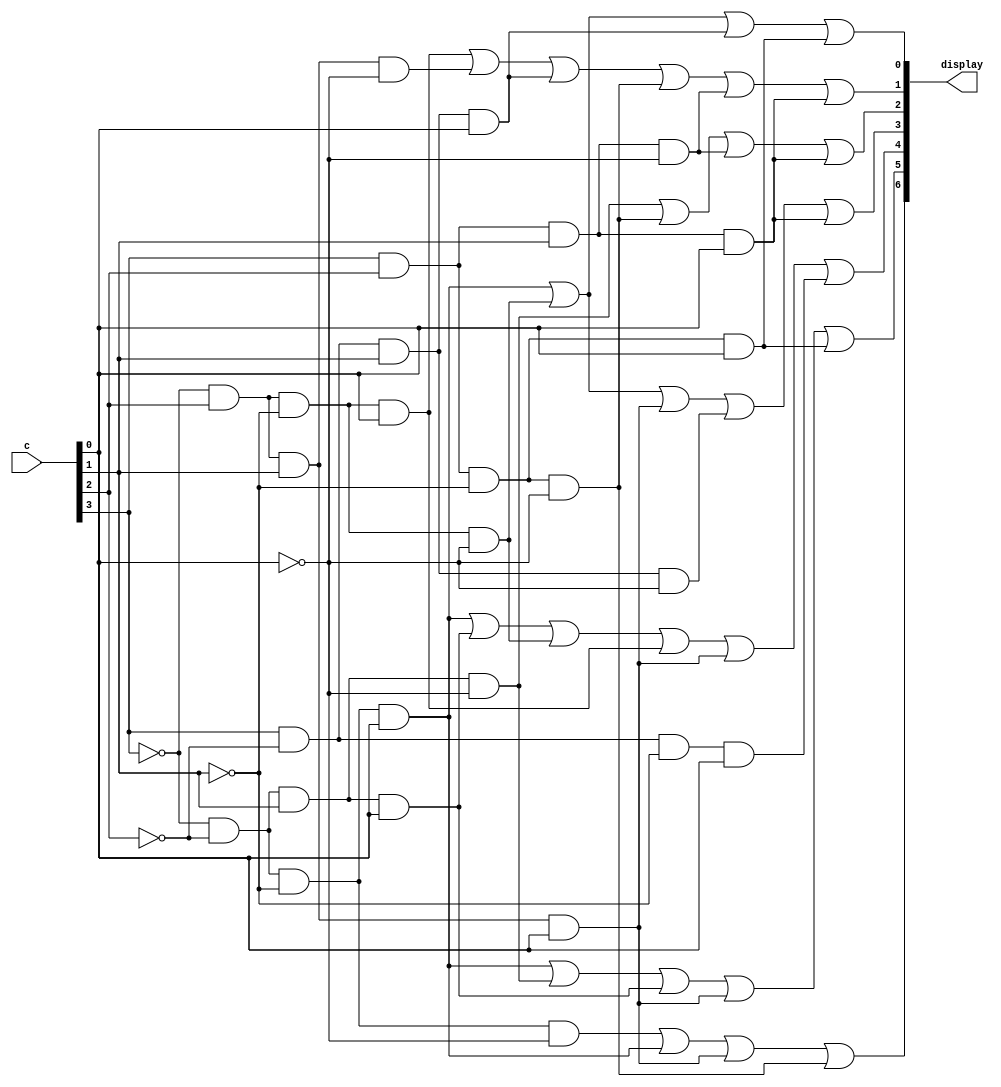
`timescale 1ns/1ns

module hex_decoder(c, display); 
// c is input
	input [3:0] c;
	output [6:0] display;
// c[0] is a
// c[1] is b
// c[2] is c
// c[3] is d
// map c to sw0-1sw1
// display to hex
	wire [15:0]w;
	
	assign w[0] = ~c[3] & ~c[2] & ~c[1] & ~c[0];
	assign w[1] = ~c[3] & ~c[2] & ~c[1] & c[0];
	assign w[2] = ~c[3] & ~c[2] & c[1] & ~c[0];
	assign w[3] = ~c[3] & ~c[2] & c[1] & c[0];
	assign w[4] = ~c[3] & c[2] & ~c[1] & ~c[0];
	assign w[5] = ~c[3] & c[2] & ~c[1] & c[0];
	assign w[6] = ~c[3] & c[2] & c[1] & ~c[0];
	assign w[7] = ~c[3] & c[2] & c[1] & c[0];
	
	
	assign w[8] = c[3] & ~c[2] & ~c[1] & ~c[0];
	assign w[9] = c[3] & ~c[2] & ~c[1] & c[0];
	assign w[10] = c[3] & ~c[2] & c[1] & ~c[0];
	assign w[11] = c[3] & ~c[2] & c[1] & c[0];
	assign w[12] = c[3] & c[2] & ~c[1] & ~c[0];
	assign w[13] = c[3] & c[2] & ~c[1] & c[0];
	assign w[14] = c[3] & c[2] & c[1] & ~c[0];
	assign w[15] = c[3] & c[2] & c[1] & c[0];
	
	assign display[0] = w[1] | w[4] | w[11] | w[13];
	assign display[1] = w[5] | w[6] | w[11] | w[12] | w[14] | w[15];
	assign display[2] = w[2] | w[12] | w[14] | w[15];
	assign display[3] = w[1] | w[4] | w[7]| w[10] | w[15];
	
	assign display[4] = w[1] | w[3] | w[4] | w[5] | w[7] | w[9];
	assign display[5] = w[1] | w[2] | w[3] | w[7] | w[13];
	assign display[6] = w[0] | w[1] | w[7] | w[12];
	
	
	

	

	
	//assign display[0] = (~c[0]&~c[1]&~c[2]&c[3]) | (~c[0]&c[1]&~c[2]&~c[3]) | (c[0]&c[1]&~c[2]&c[3]) | (c[0]&c[1]&c[2]&~c[3]);
	//assign display[1] = (c[0]&c[1]&~c[2]&~c[3]) | (~c[0]&c[1]&~c[2]&c[3]) | (~c[0]&~c[1]&c[2]&c[3]) | (~c[0]&c[1]&c[2]&~c[3]) | (c[0]&c[2]&c[3]);
	//assign display[2] = (c[0]&c[1]&~c[2]&~c[3]) | (~c[0]&~c[1]&c[2]&~c[3]) | (c[0]&c[1]&c[2]);
	//assign display[3] = (~c[0]&c[1]&~c[2]&~c[3]) | (~c[0]&~c[1]&~c[2]&c[3]) | (c[1]&c[2]&c[3]) | (c[0]&~c[1]&c[2]&~c[3]);
	//assign display[4] = (~c[0]&c[1]&~c[2]&~c[3]) | (c[0]&~c[1]&~c[2]&c[3]) | (~c[0]&c[3]);
	//assign display[5] = (~c[0]&~c[1]&c[3]) | (~c[0]&~c[1]&c[2]) | (~c[0]&c[3]) | (c[0]&c[1]&~c[2]&c[3]);
	//assign display[6] = (~c[0]&~c[1]&~c[2]) | (c[0]&c[1]&~c[2]&~c[3]) | (~c[0]&c[1]&c[2]&c[3]);



endmodule